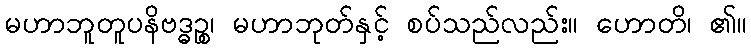
မဟာဘူတူပနိဗဒ္ဓဉ္စ၊ မဟာဘုတ်နှင့် စပ်သည်လည်း။ ဟောတိ၊ ၏။